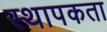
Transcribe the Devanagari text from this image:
स्थापकता